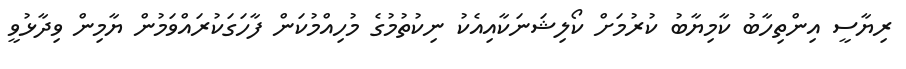
ރިޔާސީ އިންތިހާބު ކާމިޔާބު ކުރުމަށް ކޯލިޝަނަކާއިއެކު ނިކުތުމުގެ މުހިއްމުކަން ފާހަގަކުރައްވަމުން ޔާމިން ވިދާޅުވީ